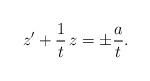
LaTeX: \begin{align*} z' + \frac{1}{t}\, z = \pm \frac{a}{t}.\end{align*}